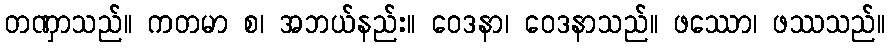
တဏှာသည်။ ကတမာ စ၊ အဘယ်နည်း။ ဝေဒနာ၊ ဝေဒနာသည်။ ဖဿော၊ ဖဿသည်။